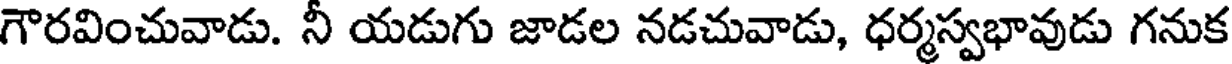
గౌరవించువాడు. నీ యడుగు జాడల నడచువాడు, ధర్మస్వభావుడు గనుక